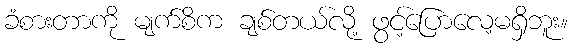
ခံစားတာကို မျက်စိက ချစ်တယ်လို့ ဖွင့်ပြောလေ့မရှိဘူး။